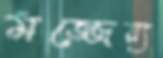
মজ্জেয়্য